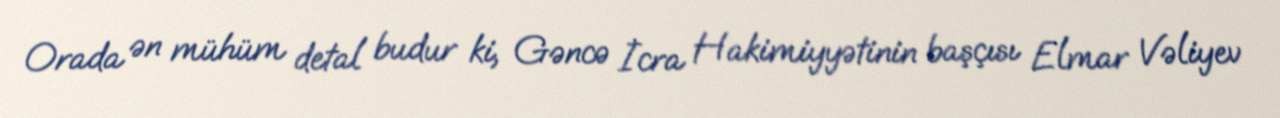
Orada ən mühüm detal budur ki, Gəncə İcra Hakimiyyətinin başçısı Elmar Vəliyev